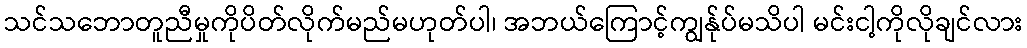
သင်သဘောတူညီမှုကိုပိတ်လိုက်မည်မဟုတ်ပါ၊ အဘယ်ကြောင့်ကျွန်ုပ်မသိပါ မင်းငါ့ကိုလိုချင်လား